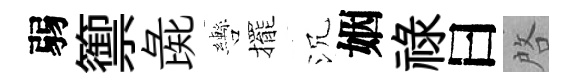
弱籞彘轡擺沉姻祿曰啓